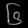
Digit: ၆